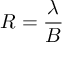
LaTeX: R = { \frac { \lambda } { B } }